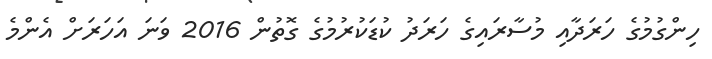
ހިންގުމުގެ ހަރަދާއި މުސާރައިގެ ހަރަދު ކުޑަކުރުމުގެ ގޮތުން 2016 ވަނަ އަހަރަށް އެންމެ